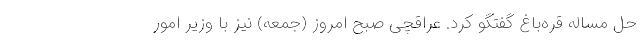
حل مساله قره‌باغ گفتگو کرد. عراقچی صبح امروز (جمعه) نیز با وزیر امور